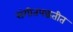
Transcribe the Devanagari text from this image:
संगीतपद्धतीत